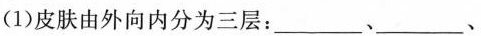
(1)皮肤由外向内分为三层：__、__、